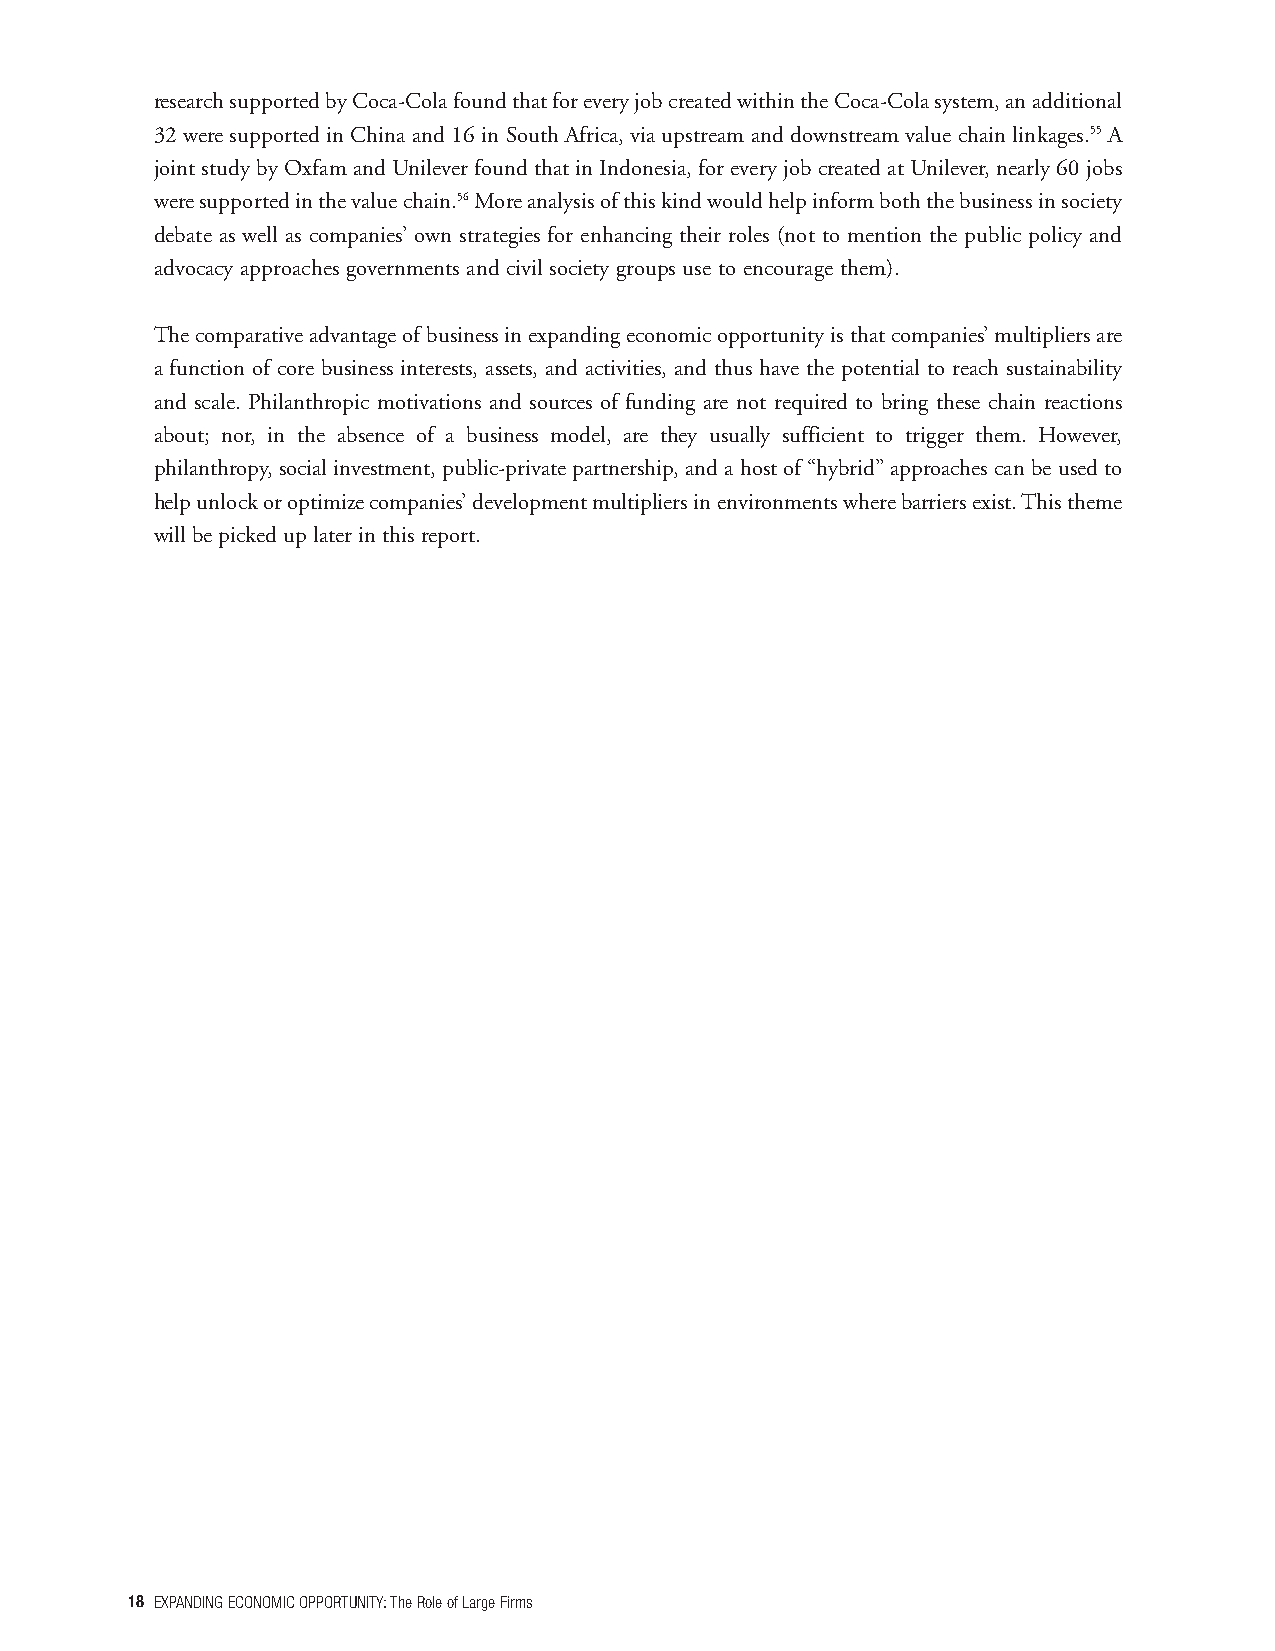
researchsupportedbyCoca-ColafoundthatforeveryjobcreatedwithintheCoca-Colasystem,anadditional
 32 were supported in China and 16 in South Africa, via upstream and downstream value chain linkages.55 A
 jointstudybyOxfamandUnileverfoundthatinIndonesia,foreveryjobcreatedatUnilever,nearly60jobs
 weresupportedinthevaluechain.56Moreanalysisofthiskindwouldhelpinformboththebusinessinsociety
 debate as well as companies’ own strategies for enhancing their roles (not to mention the public policy and
 advocacy approaches governments and civil society groups use to encourage them).
 Thecomparativeadvantageofbusinessinexpandingeconomicopportunityisthatcompanies’multipliersare
 a function of core business interests, assets, and activities, and thus have the potential to reach sustainability
 and scale. Philanthropic motivations and sources of funding are not required to bring these chain reactions
 about; nor, in the absence of a business model, are they usually sufficient to trigger them. However,
 philanthropy, socialinvestment, public-private partnership, andahostof“hybrid”approaches canbe usedto
 helpunlockoroptimizecompanies’developmentmultipliersinenvironmentswherebarriersexist.Thistheme
 will be picked up later in this report.
 18 EXPANDINGECONOMICOPPORTUNITY:TheRoleofLargeFirms